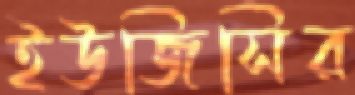
ইউজিসির